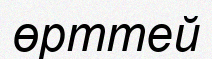
өрттей